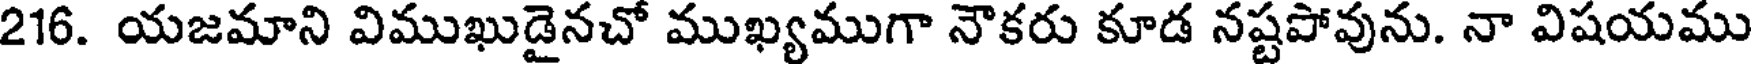
216. యజమాని విముఖుడైనచో ముఖ్యముగా నౌకరు కూడ నష్టపోవును. నా విషయము